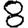
Digit: 8